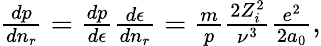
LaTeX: \begin{array}{r}{\frac{dp}{dn_{r}}=\frac{dp}{d\epsilon}\frac{d\epsilon}{dn_{r}}=\frac{m}{p}\frac{2Z_{i}^{2}}{\nu^{3}}\frac{e^{2}}{2a_{0}},}\end{array}